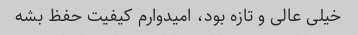
خیلی عالی و تازه بود، امیدوارم کیفیت حفظ بشه